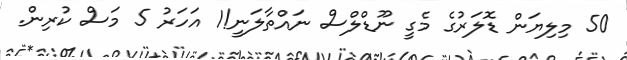
50 މިލިޔަން ޑޮލަރުގެ މެގީ ނޫޑްލްސް ނައްތާލަނީ!1 އަހަރު 5 މަސް ކުރިން.